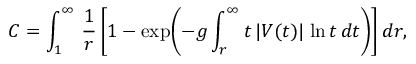
C = \int _ { 1 } ^ { \infty } \, { \frac { 1 } { r } } \, \biggl [ 1 - \exp \biggl ( - g \int _ { r } ^ { \infty } t \, | V ( t ) | \, \ln t \, d t \biggr ) \biggr ] \, d r ,